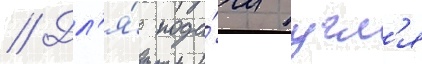
// Дл'я́ пода́чи угл'я